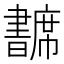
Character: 𢅺